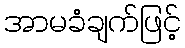
အာမခံချက်ဖြင့်